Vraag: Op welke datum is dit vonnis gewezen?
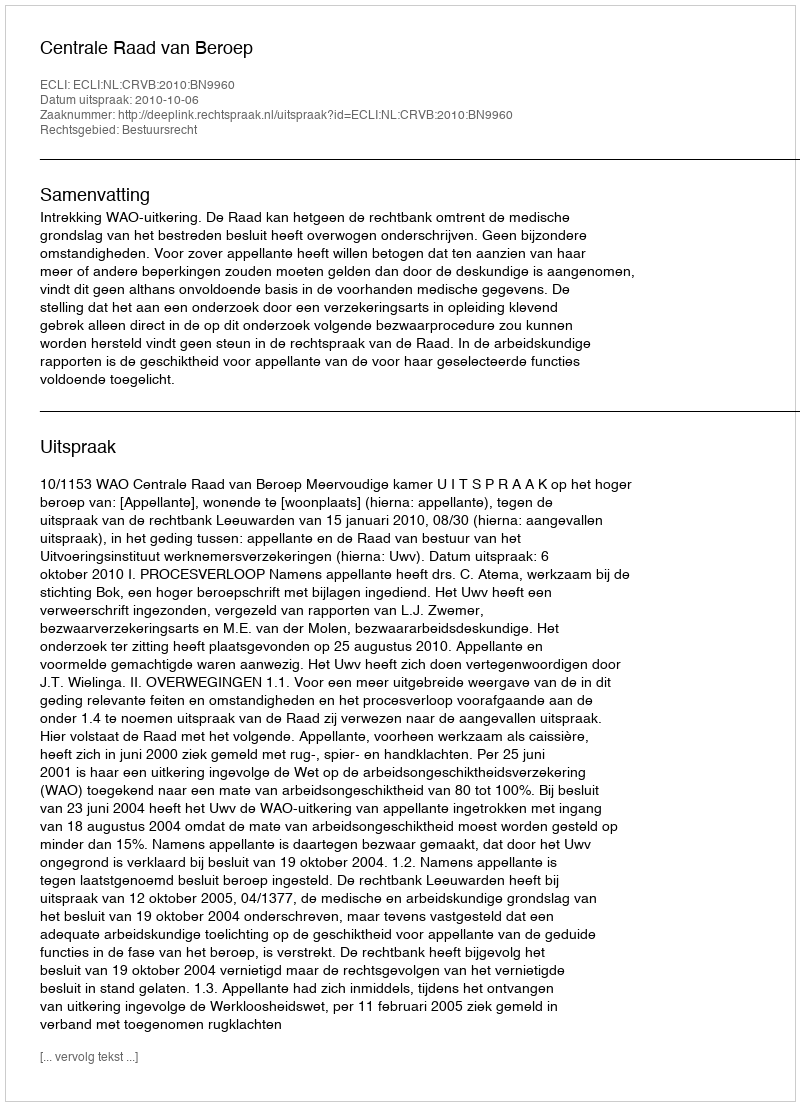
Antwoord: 2010-10-06